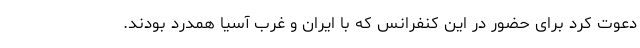
دعوت کرد برای حضور در این کنفرانس که با ایران و غرب آسیا همدرد بودند.